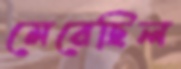
মেরেছিল